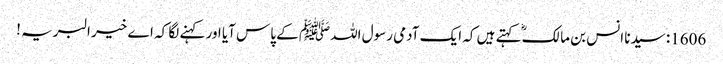
1606: سیدنا انس بن مالکؓ کہتے ہیں کہ ایک آدمی رسول اللہﷺ کے پاس آیا اور کہنے لگا کہ اے خیر البریہ !